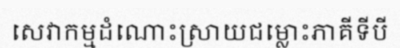
សេវាកម្មដំណោះស្រាយជម្លោះភាគីទីបី